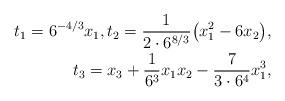
LaTeX: \begin{align*} t_1= 6^{-4/3} x_1, t_2={1\over 2\cdot 6^{8/3}}\big(x_1^2-6x_2\big), \\ t_3= x_3 +{1\over 6^3} x_1 x_2 - {7\over 3\cdot 6^4} x_1^3, \end{align*}